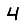
Digit: 4